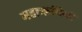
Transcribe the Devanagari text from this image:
महाॠषियों